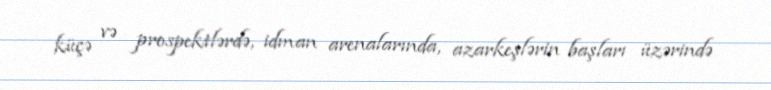
küçə və prospektlərdə, idman arenalarında, azarkeşlərin başları üzərində